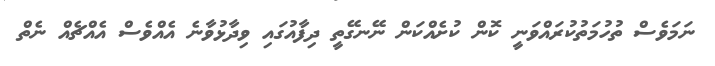
ނަމަވެސް ތުހުމަތުކުރައްވަނީ ކޮން ކުށެއްކަން ނޭނގޭތީ ދިފާއުގައި ވިދާޅުވާނެ އެއްވެސް އެއްޗެއް ނެތް